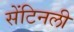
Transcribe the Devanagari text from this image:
सेंटिनली